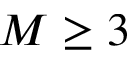
M \ge 3